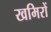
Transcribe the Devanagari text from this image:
खमिरों